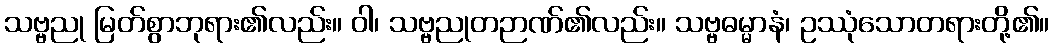
သဗ္ဗညု မြတ်စွာဘုရား၏လည်း။ ဝါ၊ သဗ္ဗညုတဉာဏ်၏လည်း။ သဗ္ဗဓမ္မာနံ၊ ဥဿုံသောတရားတို့၏။